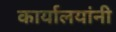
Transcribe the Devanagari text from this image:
कार्यालयांनी